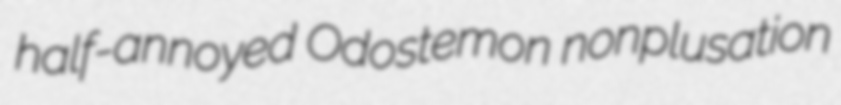
half-annoyed Odostemon nonplusation